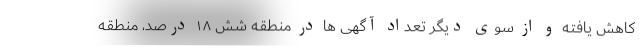
کاهش یافته و از سوی دیگر تعداد آگهی ها در منطقه شش ۱۸ درصد، منطقه